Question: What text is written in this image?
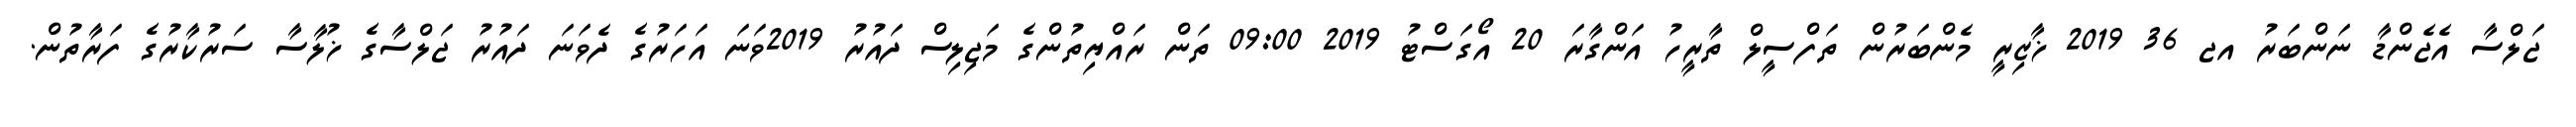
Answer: ޖަލްސާ އެޖެންޑާ ނަންބަރު އޖ 36 2019 ޚާޒިރީ މެންބަރުން ތަފްސީލް ތާރީހު އަންގާރަ 20 އޯގަސްޓު 2019 09:00 ތަން ރައްޔިތުންގެ މަޖިލިސް ދައުރު 2019ވަނަ އަހަރުގެ ދެވަނަ ދައުރު ޖަލްސާގެ ޚުލާސާ ސަރުކާރުގެ ފަރާތުން.